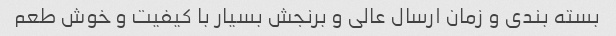
بسته بندی و زمان ارسال عالی و برنجش بسیار با کیفیت و خوش طعم